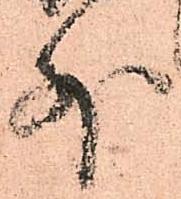
外